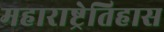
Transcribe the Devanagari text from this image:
महाराष्ट्रेतिहास